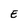
Character: E